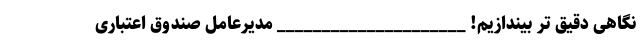
نگاهی دقیق تر بیندازیم! _____________________ مدیرعامل صندوق اعتباری